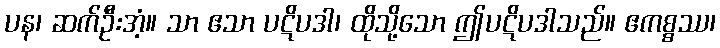
ပန၊ ဆက်ဦးအံ့။ သာ ဧသာ ပဋိပဒါ၊ ထိုသို့သော ဤပဋိပဒါသည်။ ဧကစ္စဿ၊